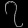
Digit: ၇